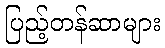
ပြည့်တန်ဆာများ